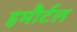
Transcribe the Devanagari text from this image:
इमौर्टल